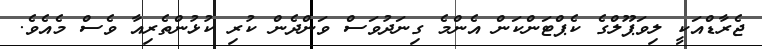
ޖެރާޑްއަކީ ލިވަޕޫލްގެ ކެޕްޓަންކަން އެންމެ ގިނަދުވަސް ވަންދެން ކުރި ކުޅުންތެރިއާ ވެސް މެއެވެ.